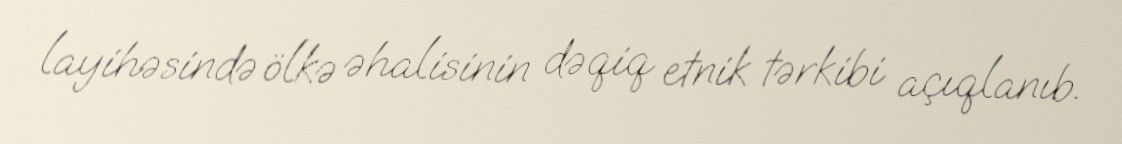
layihəsində ölkə əhalisinin dəqiq etnik tərkibi açıqlanıb.